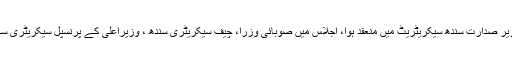
قبل ازیں سندھ کابینہ کا اجلاس وزیراعلیٰ کی زیر صدارت سندھ سیکریٹریٹ میں منعقد ہوا، اجلاس میں صوبائی وزرا، چیف سیکریٹری سندھ ، وزیراعلیٰ کے پرنسپل سیکریٹری سہیل راجپوت و دیگر اعلیٰ حکام نے شرکت کی۔